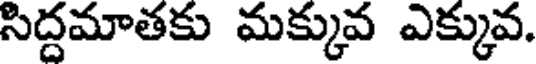
సిద్దమాతకు మక్కువ ఎక్కువ.